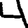
Digit: 4